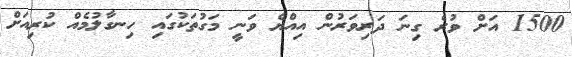
1500 އަށް ވުރެ ގިނަ ދަރިވަރުން އިއްޔެ ވަނީ މަގުތަކުގައި ހިނގާލުމެއް ކުރިއަށް